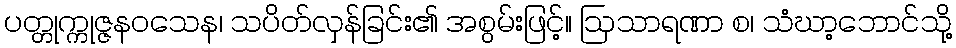
ပတ္တုက္ကုဇ္ဇနဝသေန၊ သပိတ်လှန်ခြင်း၏ အစွမ်းဖြင့်။ ဩသာရဏာ စ၊ သံဃာ့ဘောင်သို့